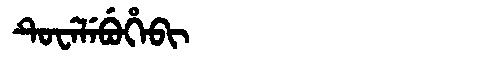
Manchu: ᡨᡠᠸᡝᠯᡝᠪᡠᡥᡝᠪᡳ
Romanization: TUWELEBUHEBI